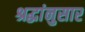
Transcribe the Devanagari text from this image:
श्रद्धांनुसार